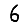
Digit: 6